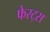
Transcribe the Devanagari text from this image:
फेरट्स